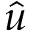
\hat { u }